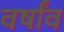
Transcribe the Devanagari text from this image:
वर्षांव